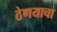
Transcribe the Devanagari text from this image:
ठेणयाचा